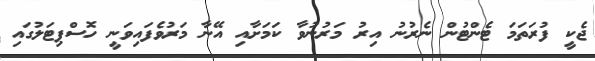
ޖެކީ ފުރަތަމަ ޓެންޓުން ނެރުނު އިރު މަރުނުވާ ކަމަށާއި އޭނާ މަރުވެފައިވަނީ ހޮސްޕިޓަލުގައި